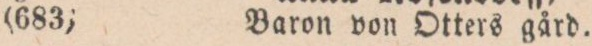
(683)    Baron von Otters gård.